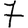
Digit: 7